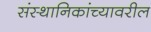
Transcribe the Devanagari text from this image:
संस्थानिकांच्यावरील